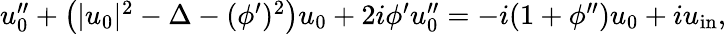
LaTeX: \begin{array}{r}{u_{0}^{\prime\prime}+\left(|u_{0}|^{2}-\Delta-(\phi^{\prime})^{2}\right)u_{0}+2i\phi^{\prime}u_{0}^{\prime\prime}=-i(1+\phi^{\prime\prime})u_{0}+iu_{\mathrm{in}},}\end{array}